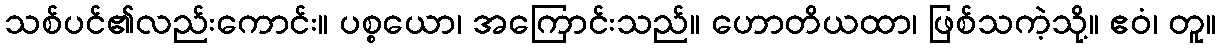
သစ်ပင်၏လည်းကောင်း။ ပစ္စယော၊ အကြောင်းသည်။ ဟောတိယထာ၊ ဖြစ်သကဲ့သို့။ ဧဝံ၊ တူ။